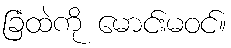
ခြံထဲကို မောင်းမဝင်။